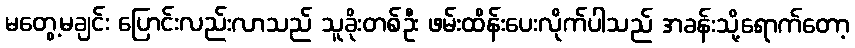
မတွေ့မချင်း ပြောင်းလည်းလာသည် သူခိုးတစ်ဦး ဖမ်းထိန်းပေးလိုက်ပါသည် အခန်းသို့ရောက်တော့